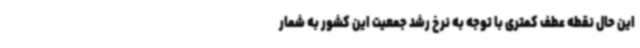
این حال نقطه‌ عطف کمتری با توجه به نرخ رشد جمعیت این کشور به شمار